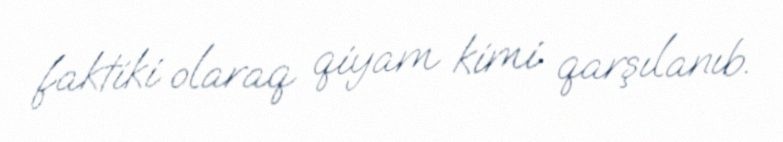
faktiki olaraq qiyam kimi qarşılanıb.